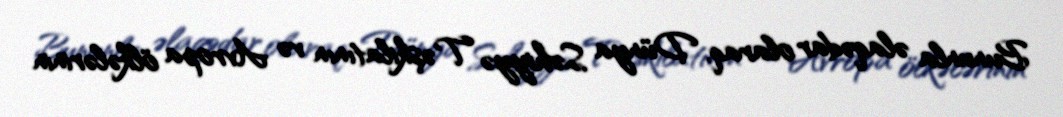
Bununla əlaqədar olaraq, Dünya Səhiyyə Təşkilatının və Avropa ölkələrinin